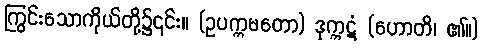
ကြွင်းသောကိုယ်တို့၌၎င်း။ (ဥပက္ကမတော) ဒုက္ကဋံ (ဟောတိ၊ ၏။)